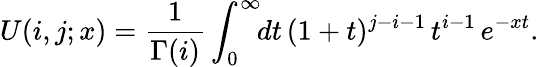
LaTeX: U(i,j;x)=\frac{1}{\Gamma(i)}\int_{0}^{\infty}\! \! dt\, (1+t)^{j-i-1}\, t^{i-1}\, e^{-xt}.